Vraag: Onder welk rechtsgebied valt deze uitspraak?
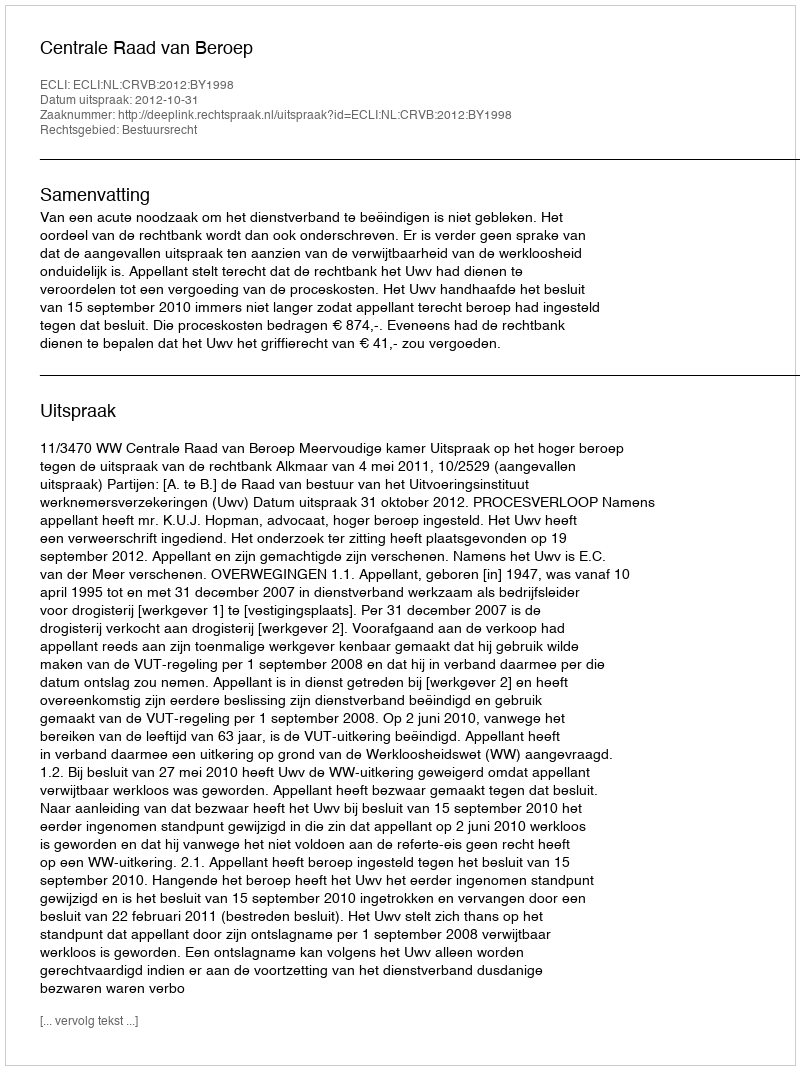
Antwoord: Bestuursrecht